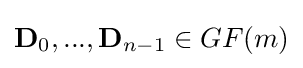
\mathbf {D} _{0},...,\mathbf {D} _{n-1}\in GF(m)